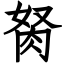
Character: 胬